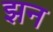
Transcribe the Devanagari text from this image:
झन